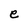
Character: e